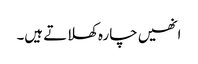
انھیں چارہ کھلاتے ہیں۔